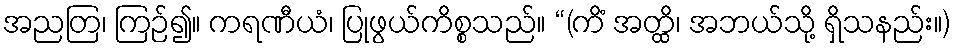
အညတြ၊ ကြဉ်၍။ ကရဏီယံ၊ ပြုဖွယ်ကိစ္စသည်။ “(ကိံ အတ္ထိ၊ အဘယ်သို့ ရှိသနည်း။)